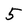
Character: 5